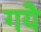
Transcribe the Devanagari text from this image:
गयै